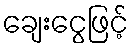
ချေးငွေဖြင့်